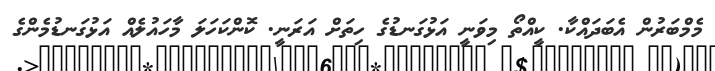
މެމްބަރުން އެބަދައްކާ. ކީއްތޯ މިވަނީ އަޅުގަނޑުގެ ހިތަށް އަރަނީ. ކޮންކަހަލަ މާހައުލެއް އަޅުގަނޑުމެންގެ